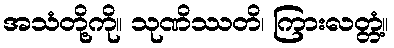
အသံတို့ကို။ သုဏိဿတိ၊ ကြားလတ္တံ့။